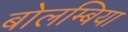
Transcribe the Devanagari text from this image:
बोलम्बिया